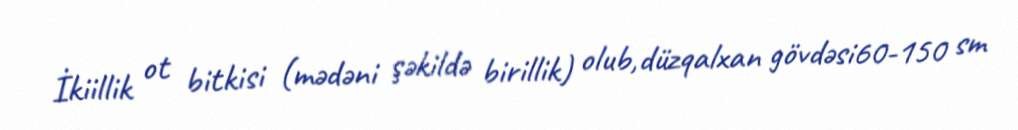
İkiillik ot bitkisi (mədəni şəkildə birillik) olub,düzqalxan gövdəsi60-150 sm